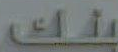
بنك